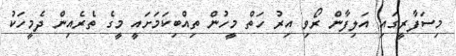
މިސަފާރީގައި އަލިފާން ރޯވި އިރު ހަތް މީހުން ތިއްބިކަމަށައީ މީގެ ތެރެއިން ދެމީހަކު